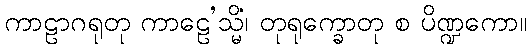
ကာဠာဂရုတု ကာဠေ’သ္မိံ၊ တုရုက္ခောတု စ ပိဏ္ဍကော။